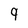
Character: 9